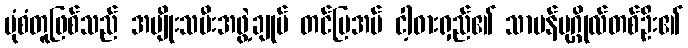
ပုံစံတူဖြစ်သည် အမျိုးသမီးအဖွဲ့ချုပ် တင်ပြအပ် ငါ့ဓားရှည်၏ သာမန်ပုဂ္ဂိုလ်တစ်ဦး၏